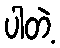
ပါတဲ့